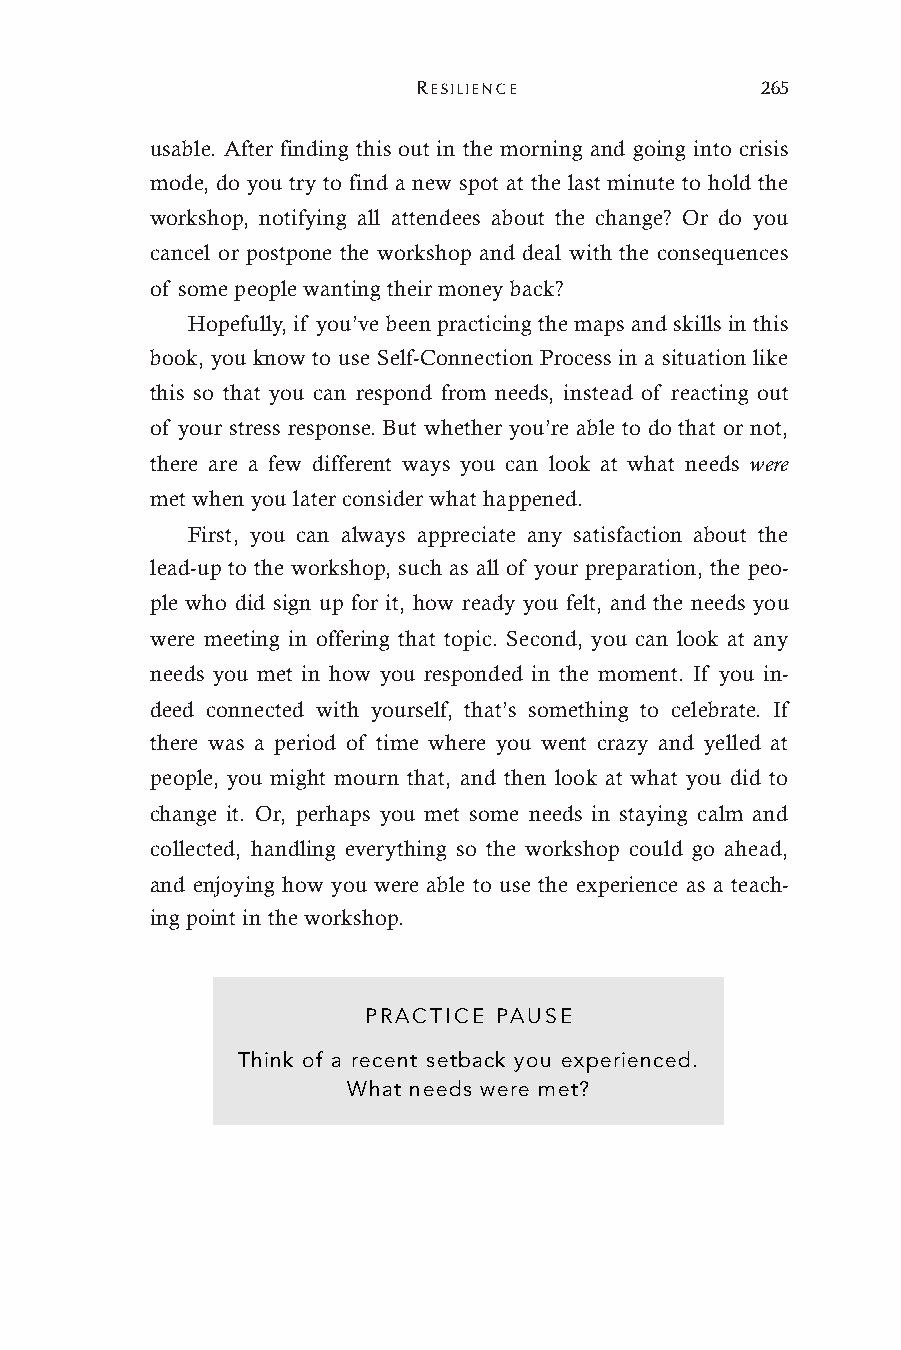
RESILIENCE            265
 usable. After finding this out in the morning and going into crisis
 mode, do you try to find a new spot at the last minute to hold the
 workshop, notifying all attendees about the change? Or do you
 cancel or postpone the workshop and deal with the consequences
 of some people wanting their money back?
 Hopefully, if you’ve been practicing the maps and skills in this
 book, you know to use Self-Connection Process in a situation like
 this so that you can respond from needs, instead of reacting out
 of your stress response. But whether you’re able to do that or not,
 there are a few different ways you can look at what needs were
 met when you later consider what happened.
 First, you can always appreciate any satisfaction about the
 lead-up to the workshop, such as all of your preparation, the peo-
 ple who did sign up for it, how ready you felt, and the needs you
 were meeting in offering that topic. Second, you can look at any
 needs you met in how you responded in the moment. If you in-
 deed connected with yourself, that’s something to celebrate. If
 there was a period of time where you went crazy and yelled at
 people, you might mourn that, and then look at what you did to
 change it. Or, perhaps you met some needs in staying calm and
 collected, handling everything so the workshop could go ahead,
 and enjoying how you were able to use the experience as a teach-
 ing point in the workshop.
 PRACTICE PAUSE
 Think of a recent setback you experienced.
 What needs were met?